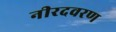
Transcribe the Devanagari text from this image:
नीरदवरण